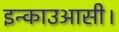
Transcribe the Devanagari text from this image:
इन्काउआसी।